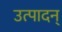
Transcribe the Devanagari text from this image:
उत्पादन्